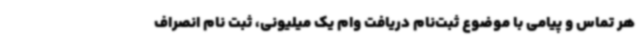
هر تماس و پیامی با موضوع ثبت‌نام دریافت وام یک میلیونی، ثبت نام انصراف